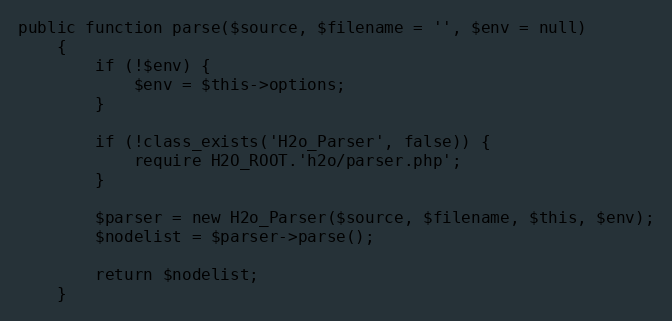
Language: PHP
public function parse($source, $filename = '', $env = null)
    {
        if (!$env) {
            $env = $this->options;
        }

        if (!class_exists('H2o_Parser', false)) {
            require H2O_ROOT.'h2o/parser.php';
        }

        $parser = new H2o_Parser($source, $filename, $this, $env);
        $nodelist = $parser->parse();

        return $nodelist;
    }